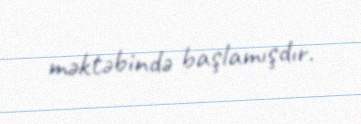
məktəbində başlamışdır.